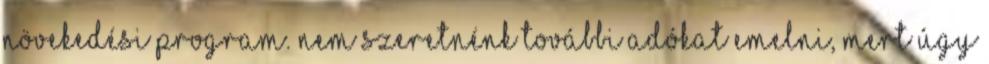
növekedési program. Nem szeretnénk további adókat emelni, mert úgy